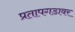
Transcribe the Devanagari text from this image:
प्रतापगडावर